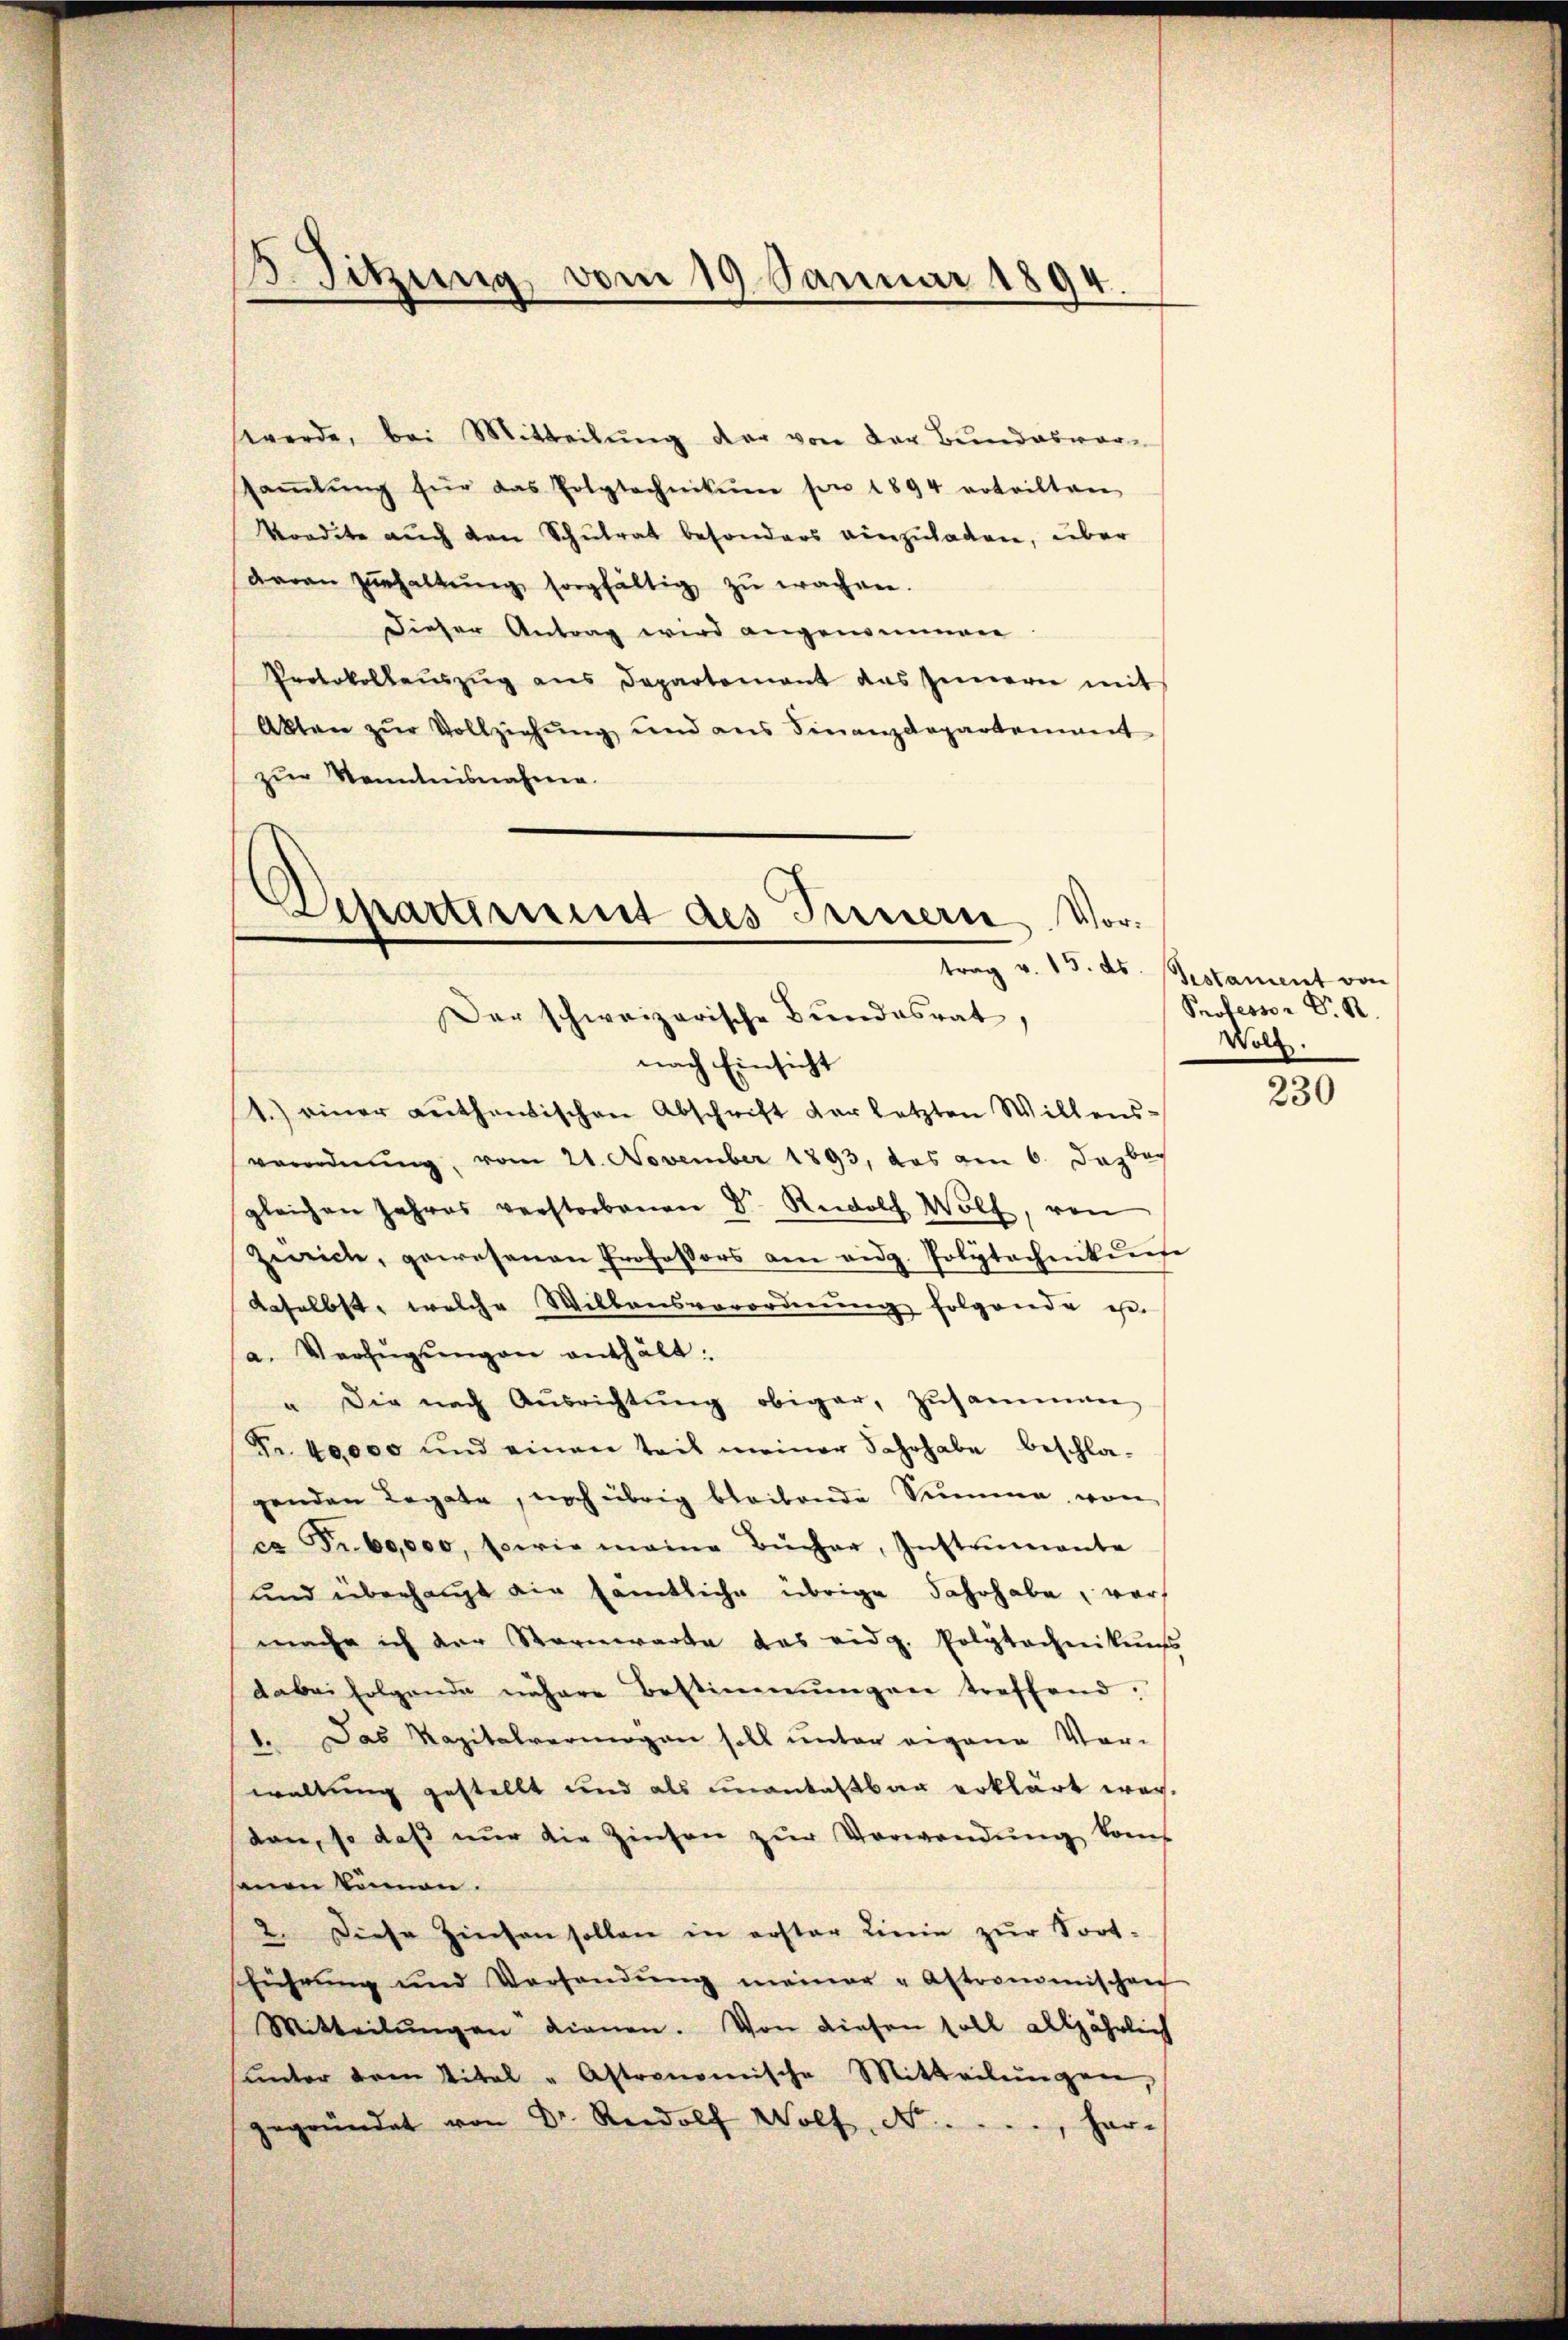
werde, bei Mitteilung der von der Bundesvorsaṁlŭng für das Polytechnikum son 1894 vrteilten
Kondite auch den Schulrat besonders einzuladen, über
daran zŭhaltŭng sorgfältig zŭ wachen.
Dieser Antrag wird angenommen.
Protokollaŭszŭg ans Departement das Innern mit
Akten zŭr Vollziehung und ans Finanzdepartement
zur Kenntnisnahme.

3. Sitzung vom 19. Januar 1894

Departiment des Innern, Vor¬
Der schweizerische Bundesrat,

nach Einsicht
1.) einer authentischen Abschrift der letzten Willens-
verordnung, vom 21. November 1893, das am 6. Dabe
gleichen Jahres verstorbenen D. Rudolf Wolf, von
Zürich, gewesenen Professors am eidg. Polytechnikurse
daselbst, welche Willensverordnŭng folgende ge-
a. Verfügŭngen enthält:
" Die nach Aŭsrichtŭng obiger, zusammen
Fr. 40000 und einen teil meiner Jahrhabe beschla-
genden Rogate, noch übrig bleibende Summe von
ca Fr. 60,000, sowie meine Bŭcher, Instrumente
und überhaupt die sämtliche übrige Jahrhabe, vormache ich der Sternwarte das eidg. Polytechneikungs
dabei folgende nähere Bestimmungen treffend:
1. Das Kapitalvermögen soll unter eigene Vor-
waltung gestellt und als unantastbar erklärt war.
den, so daß nur die Zinsen zur Verwendung kons
sanen können.
2. Diese Zinsen sollen in erster Linie zŭr Fort-
führŭng und Vorhandŭng meiner "Astronomischen
Mitteilŭngen dienen. Von diesen soll alljährlich
ŭnter drei Vital - Astronomische Mitteilŭngen,
gegründet von Dr. Rudolf Wolf, No. . . . ., har-

trag v. 15. ds Bestament von
Professor Dr. R
Woll.

230